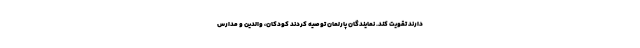
دارند تقویت کند. نمایندگان پارلمان توصیه کردند کودکان، والدین و مدارس